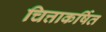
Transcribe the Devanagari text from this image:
चित्ताकर्षित